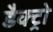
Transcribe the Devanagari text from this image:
डैक्ट्रो